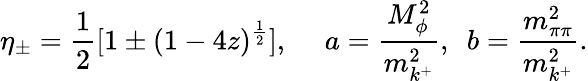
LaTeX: \eta_{\pm}={\frac{1}{2}}[1\pm(1-4z)^{\frac{1}{2}}],~~~~~a={\frac{M_{\phi}^{2}}{m_{k^{+}}^{2}}},~~b={\frac{m_{\pi\pi}^{2}}{m_{k^{+}}^{2}}}.